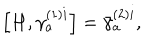
LaTeX: \left[ H , \gamma _ { a } ^ { ( 1 ) i } \right] = \bar { \gamma } _ { a } ^ { ( 2 ) i } ,